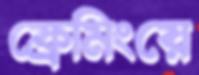
ফ্রেমিংয়ে